Lunatic asylums United Provinces 1899-1908 - 1899-1908
Year: 1899
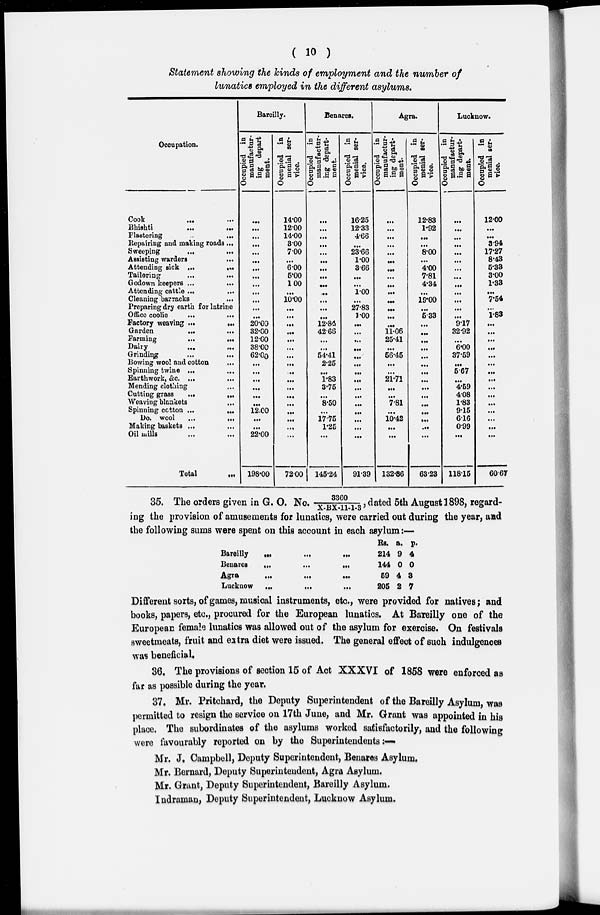
( 10 )
Statement showing the kinds of employment and the number of
lunatics employed in the different asylums.
Occupation.
Cook
...
...
Bhishti
...
...
Plastering
...
Repairing and making roads ...
Sweeping
...
...
Assisting warders
...
Attending sick
...
...
Tailoring
...
...
Godown keepers
...
...
Attending cattle
...
...
Cleaning barracks ...
Preparing dry earth for latrine
Office coolie
...
...
Factory weaving
...
...
Garden
...
...
Farming
...
...
Dairy ... ...
Grinding
...
...
Bowing wool and cotton
...
Spinning twine ... ...
Earthwork, &c.
...
...
Mending clothing ...
Cutting grass
...
...
Weaving blankets ...
Spinning cotton
...
...
Do. wool
...
...
Making baskets ...
Oil mills
...
...
Total
...
Bareilly.
Occupied in
manufactur-
ing department.
...
...
...
...
...
...
...
...
...
...
...
...
...
20.00
32.00
12.00
38.00
62.00
...
...
...
...
...
...
12.00
...
...
22.00
198.00
Occupied in
menial ser-
vice.
14.00
12.00
14.00
3.00
7.00
...
6.00
6.00
1.00
...
10.00
...
...
...
...
...
...
...
...
...
...
...
...
...
...
...
...
...
72.00
Benares.
Occupied in
manufactur-
ing department.
...
...
...
...
...
...
...
...
...
...
...
...
...
12.84
42.63
...
...
54.41
2.25
...
1.83
3.75
...
8.50
...
17.75
1.25
...
145.24
Occupied in
menial ser-
vice.
16.25
12.33
4.66
...
23.66
1.00
3.66
...
...
1.00
...
27.83
1.00
...
...
...
...
...
...
...
...
...
...
...
...
...
...
...
91.39
Agra.
Occupied in
manufactur-
ing depart-
ment.
...
...
...
...
...
...
...
...
...
...
...
...
...
...
11.06
25.41
...
56.45
...
...
21.71
...
...
7.81
...
10.42
...
...
132.86
Occupied in
menial ser-
vice.
12.83
1.92
...
...
8.00
...
4.00
7.81
4.34
...
19.00
...
5.33
...
...
...
...
...
...
...
...
...
...
...
...
...
...
...
63.23
Lucknow.
Occupied in
manufactur-
ing depart-
ment.
...
...
...
...
...
...
...
...
...
...
...
...
...
9.17
32.92
...
6.00
37.59
...
5.67
...
4.59
4.08
1.83
9.15
6.16
0.99
...
118.15
Occupied in
menial ser-
vice.
12.00
...
...
3.94
17.27
8.43
5.33
3.00
1.33
...
7.54
...
1.83
...
...
...
...
...
...
...
...
...
...
...
...
...
...
...
60.67
35. The orders given in G. O No. 3360/X-BX-11-1-3, dated 5th August 1898, regard-
ing the provision of amusements for lunatics, were carried out during the year, and
the following sums were spent on this account in each asylum:—
Bareilly
...
...
...
Benares ... ... ...
Agra ... ... ...
Lucknow
...
...
...
Rs.
214
144
59
205
a.
9
0
4
2
p.
4
0
3
7
Different sorts, of games, musical instruments, etc., were provided for natives; and
books, papers, etc., procured for the European lunatics. At Bareilly one of the
European female lunatics was allowed out of the asylum for exercise. On festivals
sweetmeats, fruit and extra diet were issued. The general effect of such indulgences
was beneficial.
36. The provisions of section 15 of Act XXXVI of 1858 were enforced as
far as possible during the year.
37. Mr. Pritchard, the Deputy Superintendent of the Bareilly Asylum, was
permitted to resign the service on 17th June, and Mr. Grant was appointed in his
place. The subordinates of the asylums worked satisfactorily, and the following
were favourably reported on by the Superintendents:—
Mr. J. Campbell, Deputy Superintendent, Benares Asylum.
Mr. Bernard, Deputy Superintendent, Agra Asylum.
Mr. Grant, Deputy Superintendent, Bareilly Asylum.
Indraman, Deputy Superintendent, Lucknow Asylum.